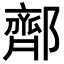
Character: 𬪜